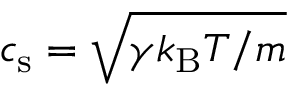
c _ { \mathrm { s } } = \sqrt { \gamma k _ { \mathrm { B } } T / m }